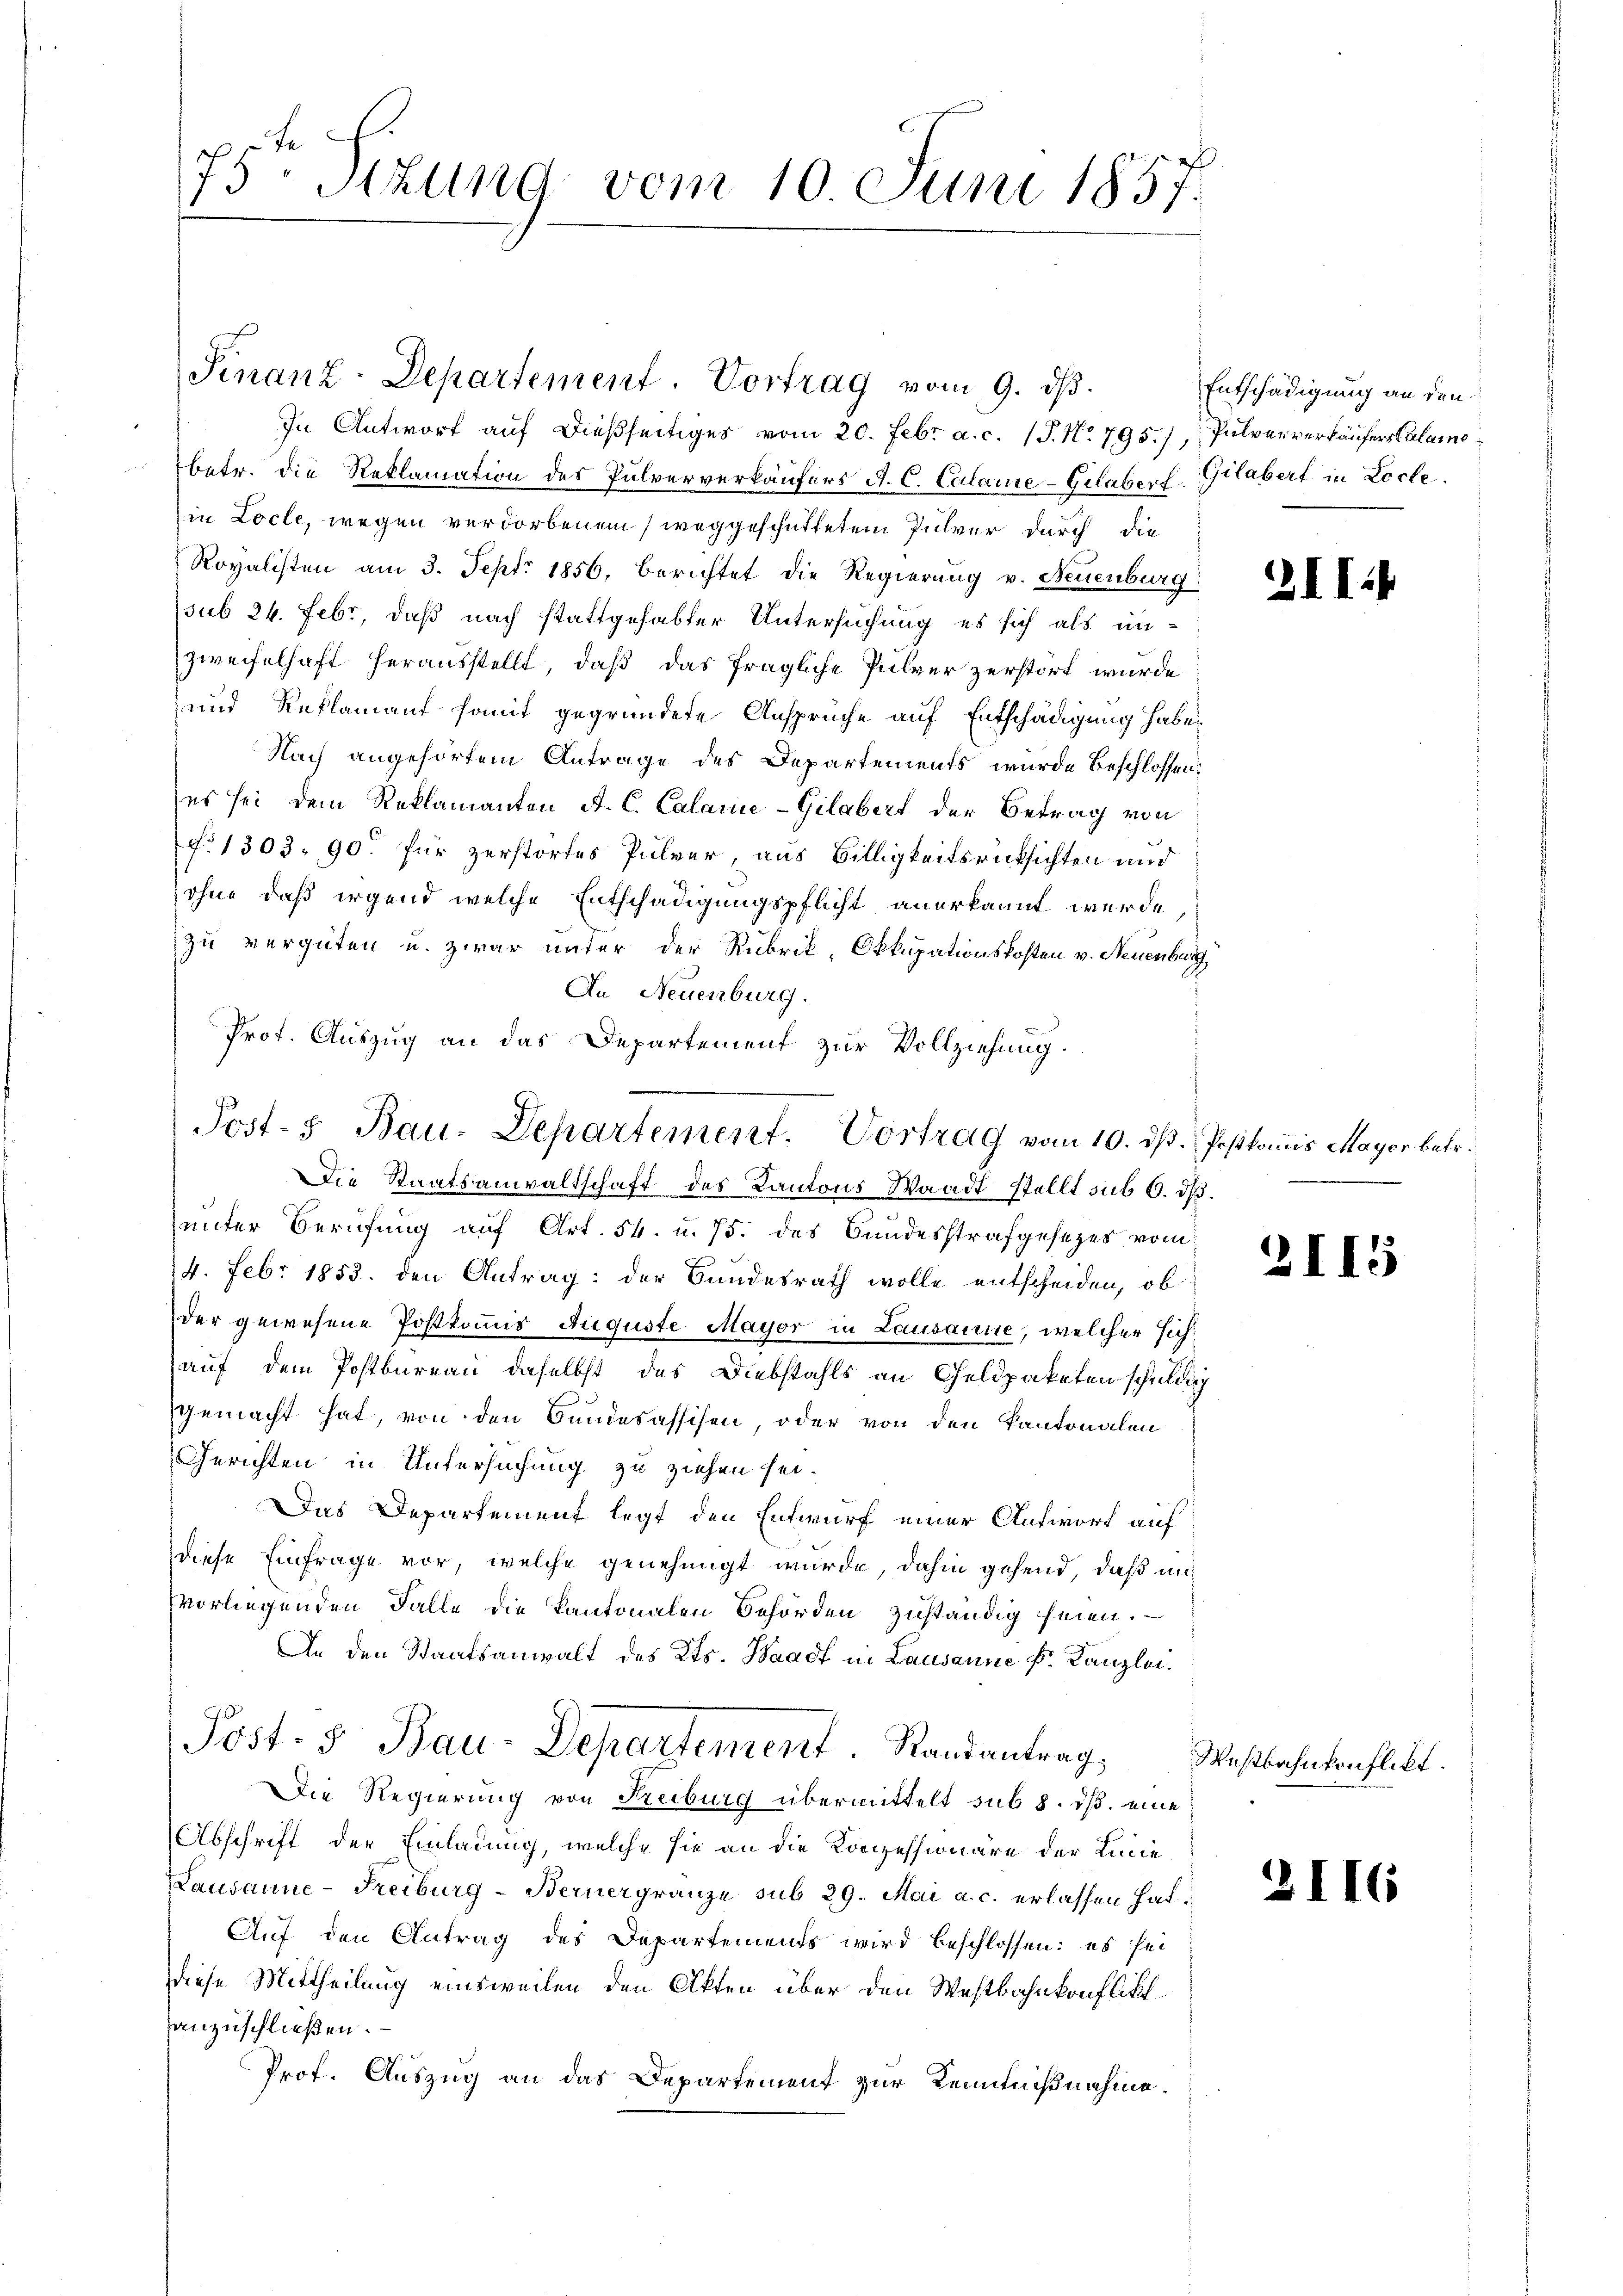
s
75 Sizung vom 10. Juni 1857.

Finanz-Departement. Vortrag vom 9. dβ.

Post- 5. Bau-Departement. Vortrag vom 10. dß. Postkommis Mayer betr.

In Antwort auf dießseitiges vom 20. Febr. a. c. (T. No. 795./, Pulververkäufers Calamo
betr. die Reklamation des Pulververkäufers A. C. Calarie-Gilaber. Gilbert in Locke.
in Locle, wegen verdorbenem weggeschüttetem Pulver durch die
Royalisten am 3. Sept. 1856, berichtet die Regierung v. Neuenburg
sub 24. Febr, daß nach stattgehabter Untersuchung es sich als un-
zweifelhaft herausstellt, daß das fragliche Pulver zerstört wurde
und Reklamant somit gegründete Ansprüche auf Entschädigung habe,
Nach angehörtem Antrage des Departements wurde beschlossen:
es sei dem Reklamanten A. C. Calamie-Gilabert der Betrag von
f. 1303. 90. für zerstorfes Pulver, aus Billigkeitsrücksichten und
ohne daß irgend welche Entschädigungspflicht anerkannt werde,
zu vergüten u. zwar unter der Rubrik, Okkupationskosten v. Neuenburg,
An Neuenburg.
Prof. Auszug an das Departement zur Vollziehung.
Die Staatsanwaltschaft des Kantons Waadt stellt sub 6. dß.
unter Berufung auf Art. 54. u. 75. des Bundesstrafgesetzes vom
4. Febr 1853. den Antrag: der Bundesrath wolle entscheiden, ob
der gewesene Postkommis Auguste Mayor in Lausanne, welcher sichauf dem Postbureau daselbst das Diebstahls an Geldpaketen schuldig
gemacht hat, von den Sandesassisen, oder von den kantonalen
Gerichten in Untersuchung zu ziehen sei.
as Departement legt den Entwurf einer Antwort auf
diese Einfrage vor, welche genehmigt wurde, dahin gehend, daß unvorliegenden Falle die Kantonalen Behörden zuständig seien.
An den Staatsanwalt des Kts. Waadt in Lausanne Fr. Kanzlei.
Post- & Bau-Departement. Randantrag,
Die Regierung von Freiburg übermittelt sub 8. ds. eine
Abschrift der Einladung, welche sie an die Konzessionäre der Linie
Lausanne-Freiburg - Bernergränze sub 29. Mai a. c. erlassen hat.
Auf den Antrag des Departements wird beschlossen: es sei
Diese Mittheilung einsweilen den Akten über den Westbahnkonfliktanzuschließen.
Prof. Auszug an das Departement zur Kenntnißnahme.

Entschädigung an den

211.

2115

Westbahnkonflikt.

2116